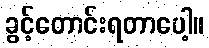
ခွင့်တောင်းရတာပေါ့။